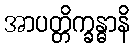
အာပတ္တိက္ခန္ဓာနိ